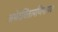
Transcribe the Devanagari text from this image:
अभेदचिंतामणिनामक